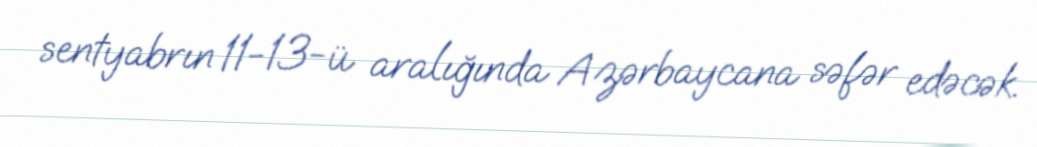
sentyabrın 11-13-ü aralığında Azərbaycana səfər edəcək.